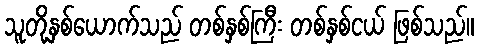
သူတို့နှစ်ယောက်သည် တစ်နှစ်ကြီး တစ်နှစ်ငယ် ဖြစ်သည်။